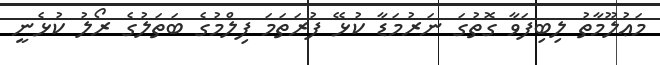
މަޢުލޫމާތު ލިބިފަވާ ގޮތުގަ ނަރުމަޑާ ކުޅޭ ފުރަތަމަ ފިލްމުގެ ބަތަލުގެ ރޯލު ކުޅެނީ